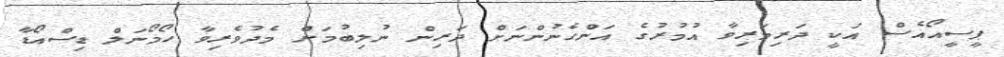
ޕީސީއޯއެސް އަކީ ދަރިމަރިވާ އުމުރުގެ އަންހެނުންނަށް ދަރިން ނުލިބުމަށް މެދުވެރިވާ ހޯމޯނަލް ޑިސްއޯޑާ